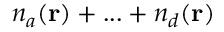
n _ { a } ( { \bf r } ) + { . . . } + n _ { d } ( { \bf r } )